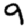
Digit: 9